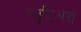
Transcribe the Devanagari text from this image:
प्लूटिअस